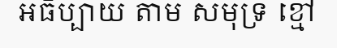
អធិប្បាយ តាម សមុទ្រ ខ្មៅ